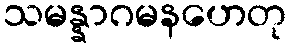
သမန္နာဂမနဟေတု